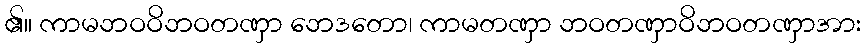
၏။ ကာမဘဝဝိဘဝတဏှာ ဘေဒတော၊ ကာမတဏှာ ဘဝတဏှာဝိဘဝတဏှာအား